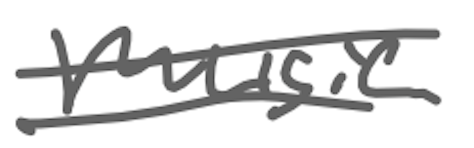
Text: music
Cross-out: double-line
Writing tool: digital_gray